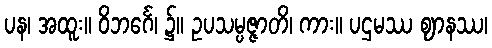
ပန၊ အထူး။ ဝိဘင်္ဂေ၊ ၌။ ဥပသမ္ပဇ္ဇာတိ၊ ကား။ ပဌမဿ ဈာနဿ၊